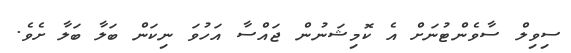
ސިވިލް ސާވެންޓުނަށް އެ ކޮމިޝަނުން ޖައްސާ އަހުވަ ނިކަން ބަލާ ބަލާ ށެވެ.